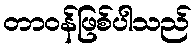
တာဝန်ဖြစ်ပါသည်